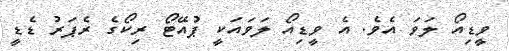
ވީޑިއޯ ލަވަ އެވެ. އެ ވީޑިއޯ ލަވައަކީ ޕުއޭޓޯ ރިކޯގެ ރެޕަރު ޑެޑީ